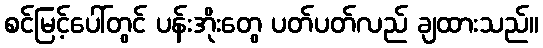
စင်မြင့်ပေါ်တွင် ပန်းအိုးတွေ ပတ်ပတ်လည် ချထားသည်။